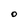
Character: O